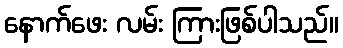
နောက်ဖေး လမ်း ကြားဖြစ်ပါသည်။